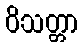
ဝိသတ္တာ